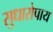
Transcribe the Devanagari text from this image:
सुधारोपाय